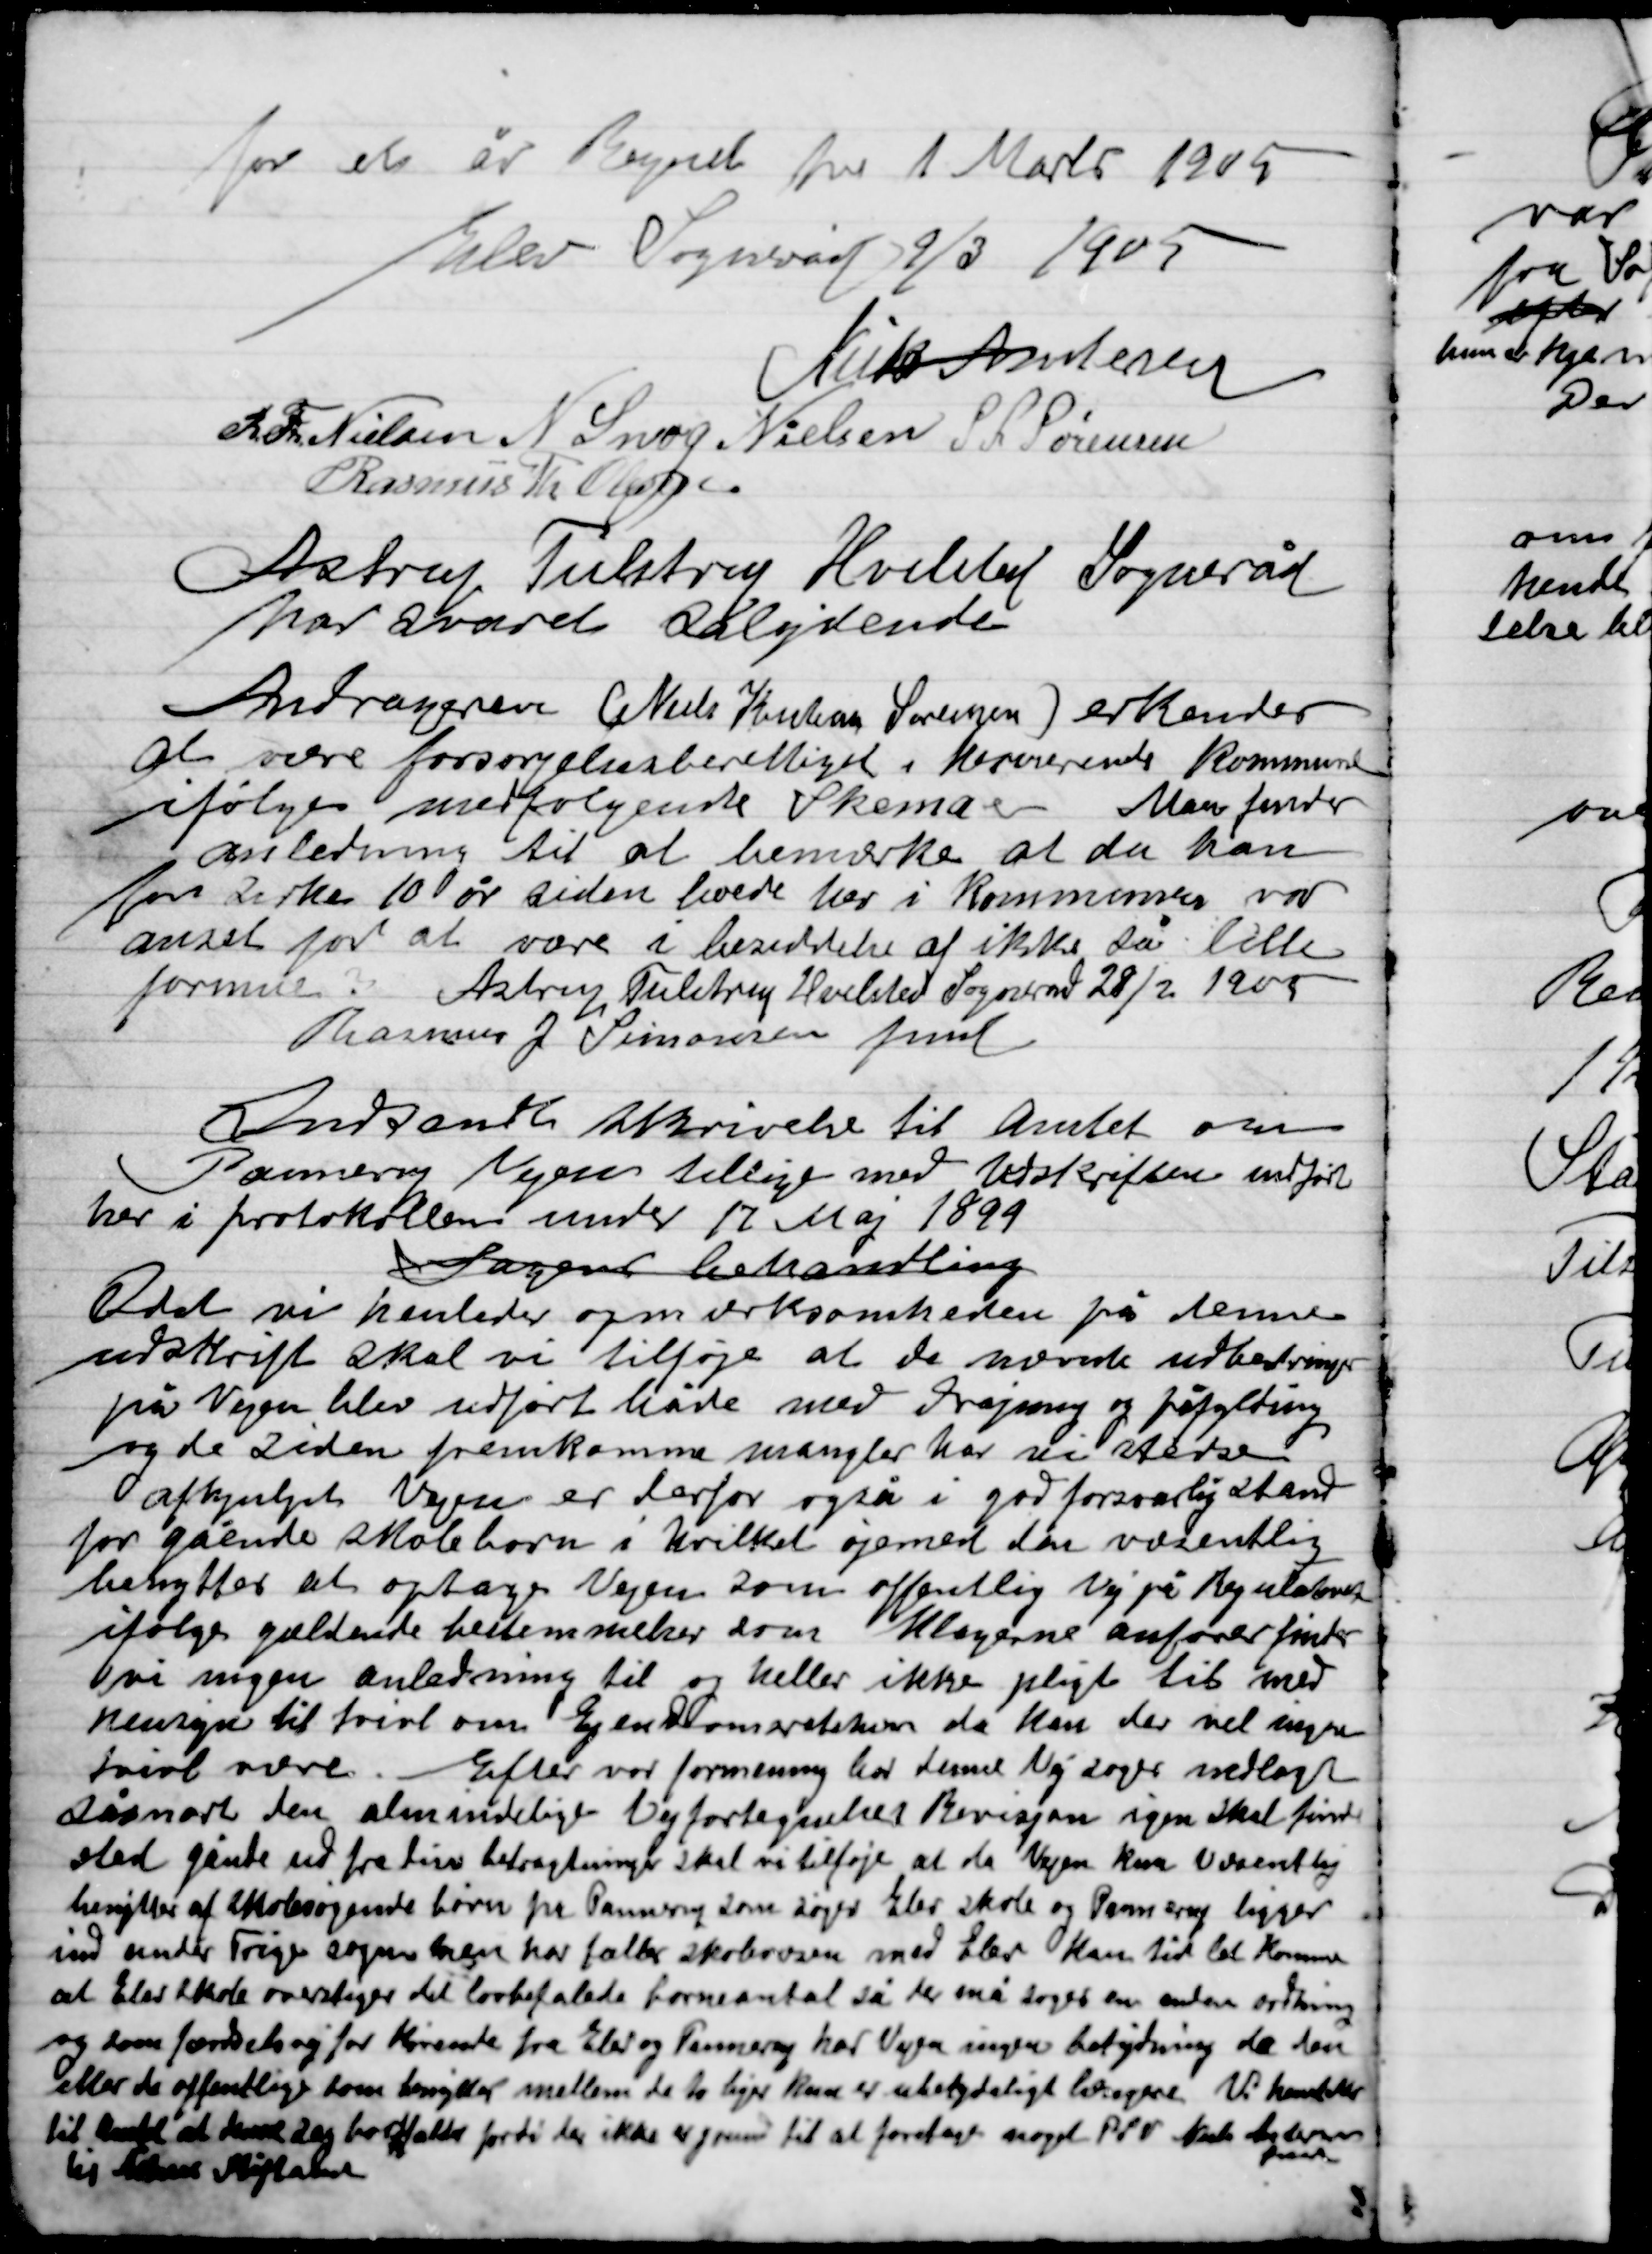
Transskription:
For et år Begynd fra 1 Marts 1905
Elev Sogneråd 9/3 1905

Niels Andersen
R. Th. Nielsen
N. Snog Nielsen
S. L. Sørensen
Rasmus Th. Olsen

Astrup Tulstrup Hvilsted Sogneråd
har svaret sålydende

Andrageren Niels Knudsen Sørensen erkender
at være forsørgelsesberettiget i herværende kommune
ifølge medfølgende Skemaer. Man finder
anledning til at bemærke at da han
for cirka 10 år siden boede her i Kommunen var
anset for at være i besiddelse af ikke så lille
formue.	 Astrup Thulstrup Hvilsted Sogneråd 28/2 1905
Rasmus J. Simonsen fmd.

Overamtets skrivelse til Amtet om
Pannerup Vejen tillige med Udskriften udført
Her i protokollen under 17 Maj 1899
Sager behandling
Det vi henleder opmærksomheden på denne
Udskrift skal vi tilføje at de uvorde udbedringer
på Vejen blev udført måde med rejsning og påfyldning
og de siden fremkomme mangler har vi stedse
afhjulpet Vejen er derfor også i god forsvarlig stand
for gående skolebørn i hvilke øjemed den væsentlig
benyttes at optage Vejen som offentlig Vej på Regulært
ifølge gældende bestemmelser som klagerne anfører finder
vi ingen anledning til og heller ikke pligt til med
hensyn til tvivl om Ejendomsstørrelsen da kun der vil ingen
tvivl være Efter vor formening har denne vej søge nedlagt
så snart den almindelige by fortegnelse Bivejen igen skal finde
sted gående ud fra den betragtning skal vi tilføje at da Vejen kan vendtes
hensigt af skolesøgende børn fra Pannerup som søger Elev skole og Pannerup ligger
ind under Trige Sogn men har folkeskolevæsen med Elev kan tid let komme
at Elev Skole overtager de lovbefalede børnetal så der må søges en anden ordning
og som forsøger for kirken fra Elev og Pannerup har vejen ingen betydning da den
eller de offentlige som besøgende mellem de to byer kun er ubetydelig . Vi henleder
til Amtet at kunne sig bortfalde fordi der ikke er jord til at foretage noget. P.S.V. Niels Andersen
fmd.
til Aarhus Stiftsamt